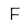
Character: F